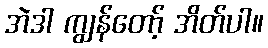
အဲဒါ ကျွန်တော့် အိတ်ပါ။